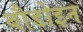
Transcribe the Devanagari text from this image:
बौडोइन